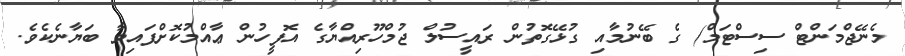
މެނޭޖްމަންޓް ސިސްޓަމް) ގެ ބޭނުމާއި ގުޅޭގޮތުން ރައީސުލް ޖުމްހޫރިއްޔާގެ އޮފީހުން ޢާއްމުކޮށްފައިވާ ބަޔާނެކެވެ.